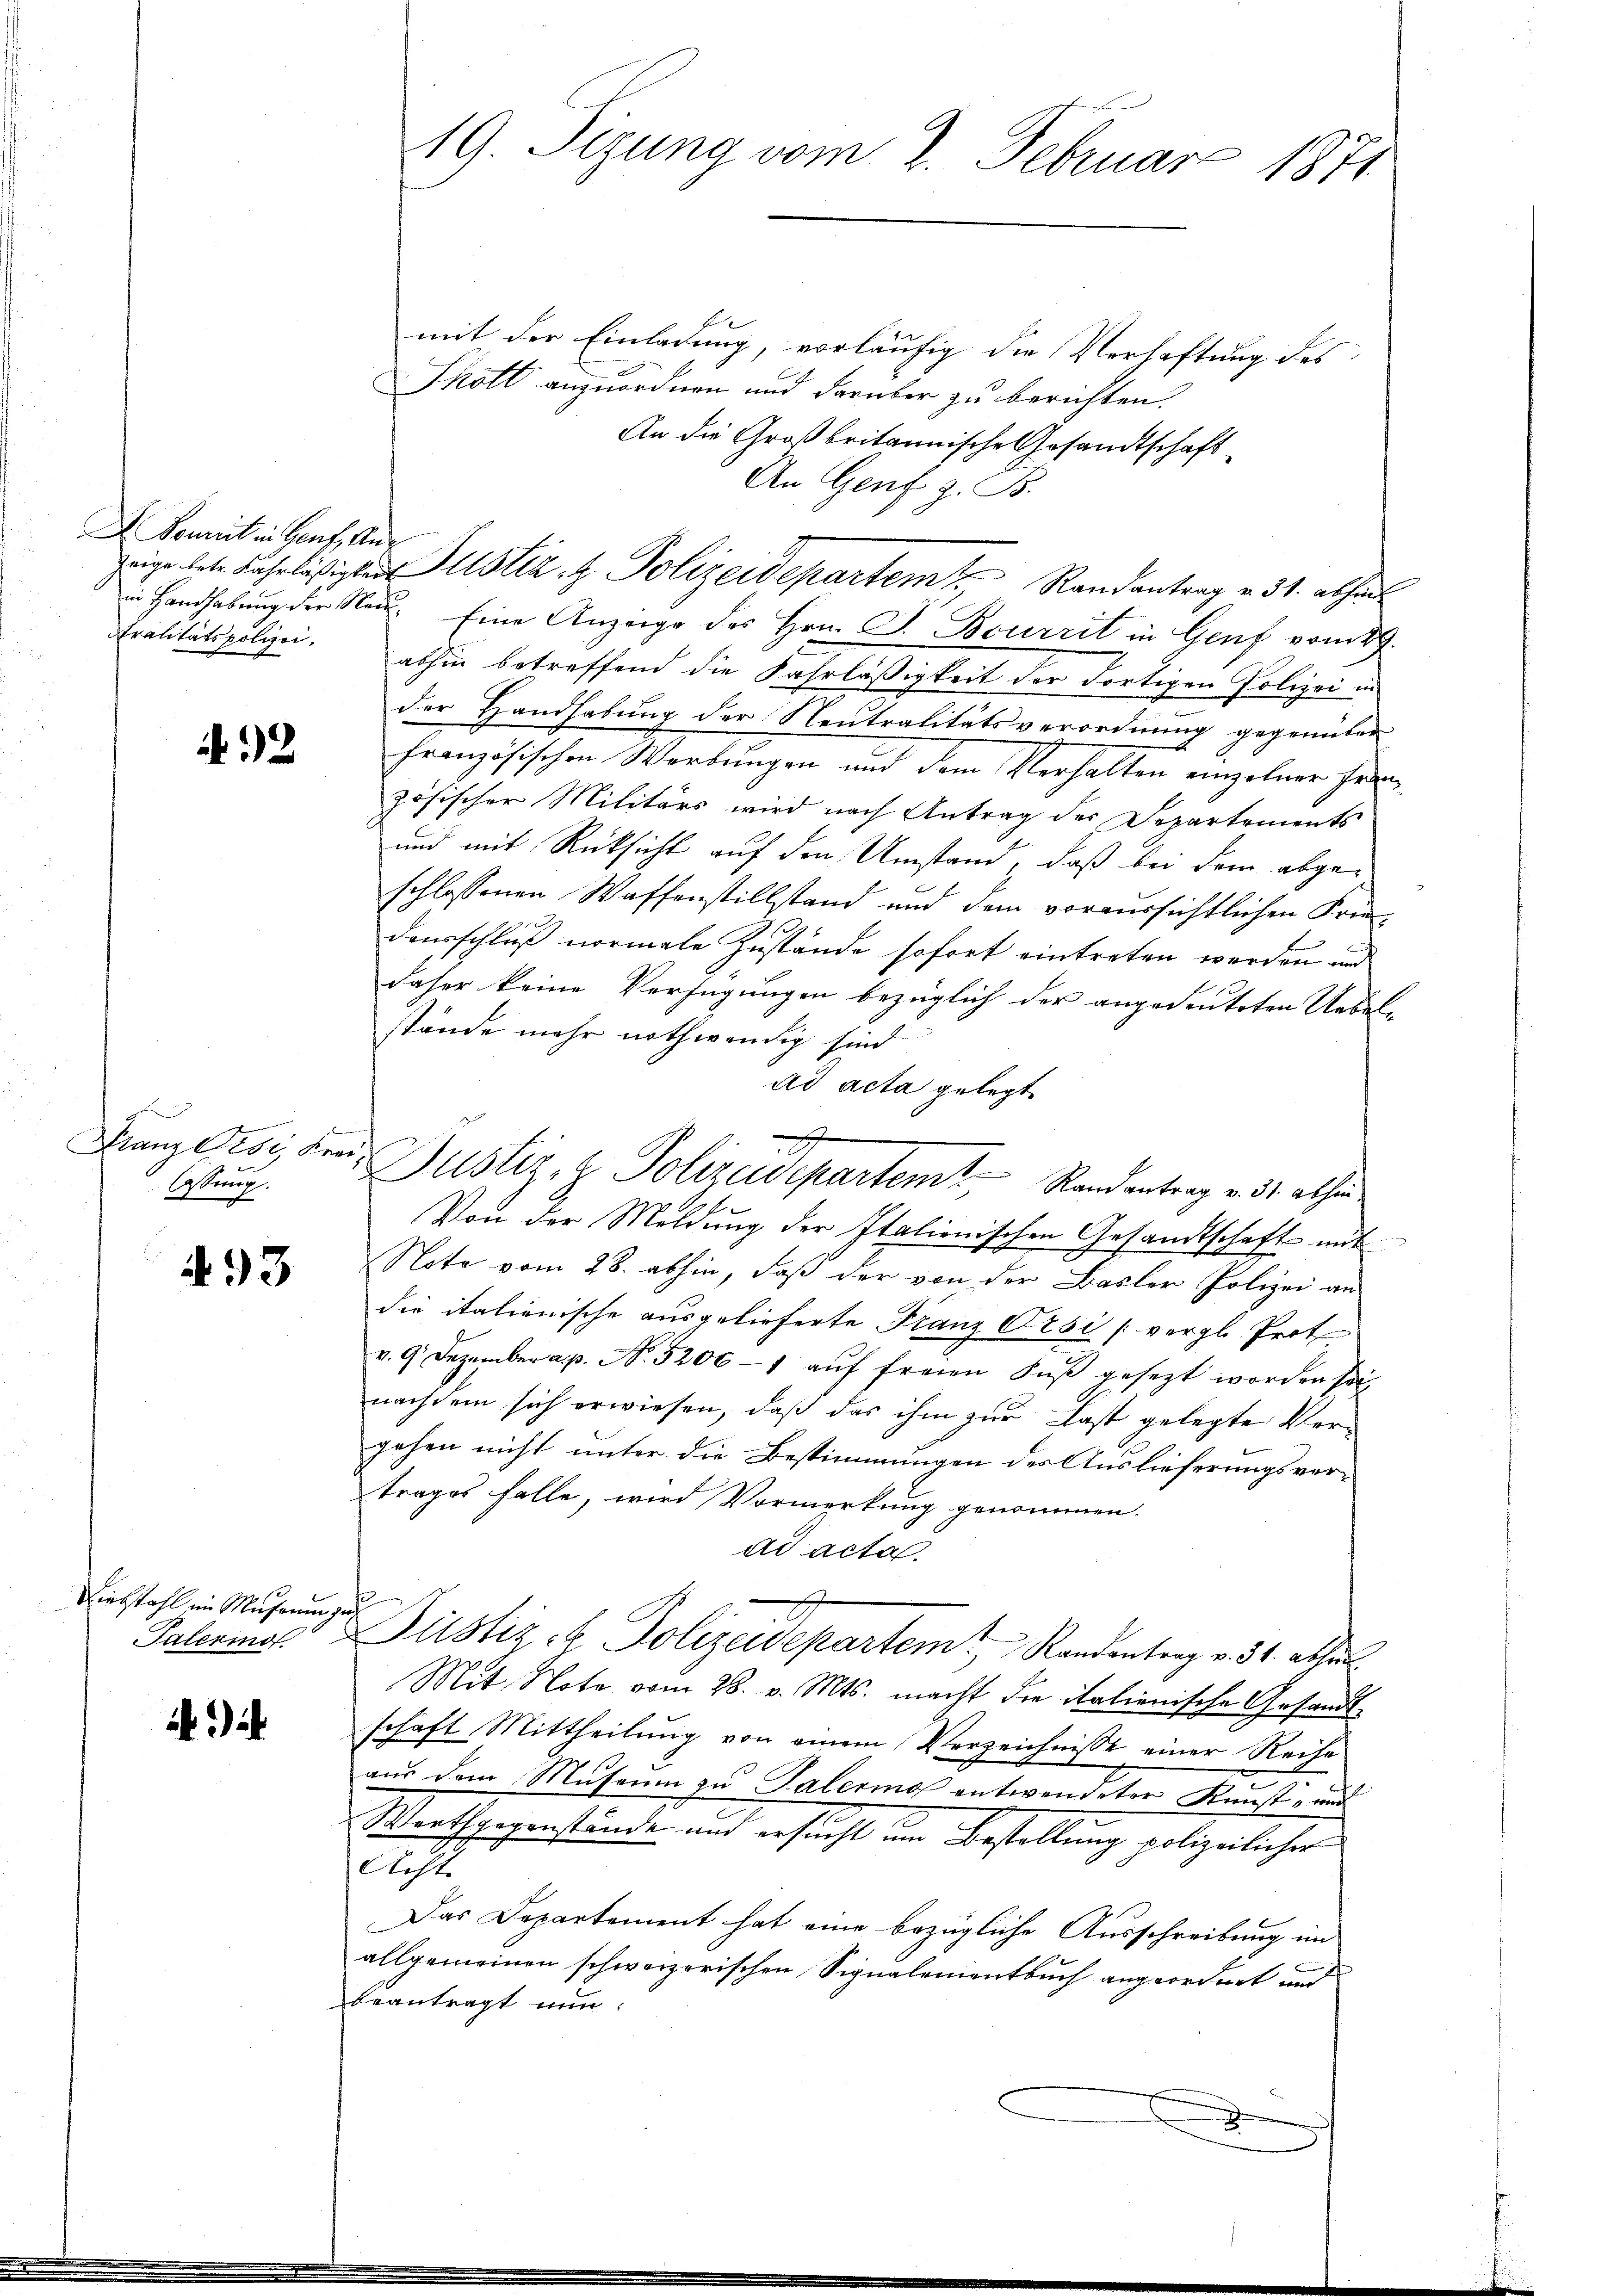
A. Bourist in Genf, An¬
Stralitätspolizei,

32

Franz Pesi, Kreilassung.

493

Diebstahl im Museum zu

4

19. Sizung vom 2. Februar 1871

mit der Einladung, vorläufig die Verhaftung des
Thölt anzuordnen und darüber zu berichten.
An die Großbritannische Gesandtschaft
An Genf z. B.
in Handhabung der Neu. Eine Anzeige des Hrn. G. Bcurrit in Genf vom 29.
abhin betreffend die Fahrläßigkeit der Fortigen Polizei in
der Handhabung der Neutralitätsverordnung gegenüber
französischen Werbungen und dem Verhalten einzelner Französischer Militärs wird nach Antrag des Departements
und mit Rücksicht auf den Umstand, daß bei dem abgeschlossenen Waffenstillstand und dem voraussichtlichen Frie-
dausschluß normale Zustände sofort eintreten werden und
daher keine Verfügungen bezüglich der angedeuteten Uebel-
stände mehr nothwendig sind
ad acta gelegt
Von der Meldung der Italionischen Gesandtschaft mit
Nota vom 28. abhin, daß der von der Basler Polizei an
die italienische ausgelieferte Franz Orsi (vergl. Prot
v. 9. Dezember a. p. N. 5200- aŭf freien Fŭβ gesezt worden sol
nachdem sich erwiesen, daß das ihm zur Last gelegte Vergehen nicht unter die Bestimmungen des Auslieferungsvertrages falle, wird Vormerkung genommen.
ad acta
Palermor Justiz- & Polizeidepartem Randentrag v. 34. able
Mit Note vom 28. v. Mts. macht die italienische Gesandtschaft Mittheilung von einem Verzeichnisse einer Reihe
aŭs dem Museum zu Talermo entwendeter Kunst- und
Weathgegenstände und ersucht im Bestellung polizeilichen
Acht
Das Departement hat eine bezügliche Ausschreibung im
allgemeinen schweizerischen Signalementbuch angeordnet und
beantragt nun:
D

x

zeige bete Fahrläßigter Justiz- & Polizeidepartem Randantrag v. 31. abhal

Justiz- & Polizeidepartemt Randantrag v. ds. thei